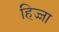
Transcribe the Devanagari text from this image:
हिज्जा